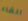
القاء